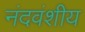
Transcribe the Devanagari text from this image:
नंदवंशीय